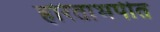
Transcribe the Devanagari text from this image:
हरिताभपीत